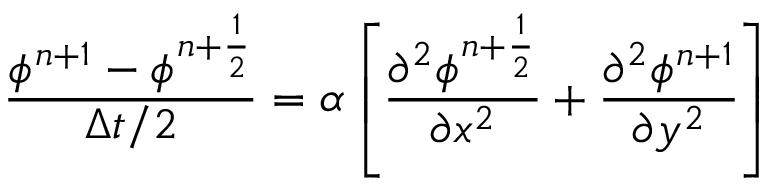
\frac { \phi ^ { n + 1 } - \phi ^ { n + \frac { 1 } { 2 } } } { \Delta t / 2 } = \alpha \left[ \frac { \partial ^ { 2 } \phi ^ { n + \frac { 1 } { 2 } } } { \partial x ^ { 2 } } + \frac { \partial ^ { 2 } \phi ^ { n + 1 } } { \partial y ^ { 2 } } \right]